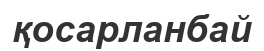
қосарланбай